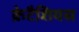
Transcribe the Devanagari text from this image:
क्रेटैशियस